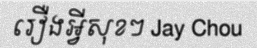
រឿងអ្វីសុខៗ Jay Chou